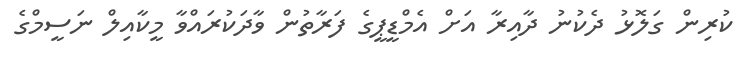
ކުރިން ގަލޮޅު ދެކުނު ދާއިރާ އަށް އެމްޑީޕީގެ ފަރާތުން ވާދަކުރައްވާ މީކާއިލް ނަސީމްގެ